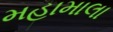
મહામાલા